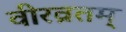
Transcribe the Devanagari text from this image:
वीरव्रतम्‌